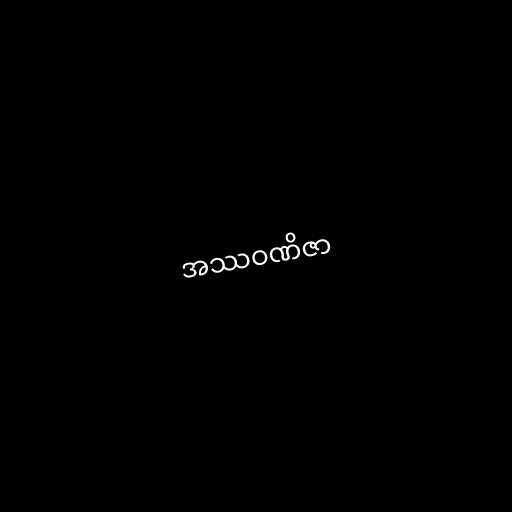
အဿဝဏိဇာ